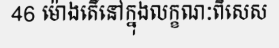
46 ម៉ោងតើនៅក្នុងលក្ខណៈពិសេស